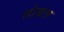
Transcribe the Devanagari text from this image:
तोडल